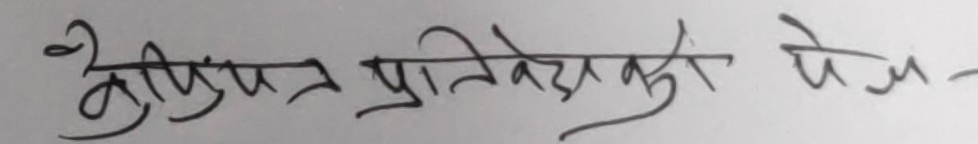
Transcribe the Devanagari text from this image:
बुँदापत्र प्रतिवेदनको पेज -